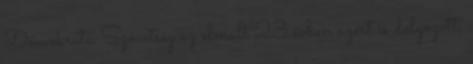
Demokrata Szövetség az elmúlt 23 évben azért is dolgozott,